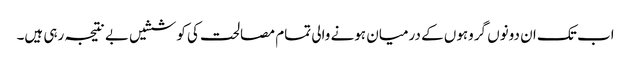
اب تک ان دونوں گروہوں کے درمیان ہونے والی تمام مصالحت کی کوششیں بے نتیجہ رہی ہیں۔